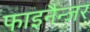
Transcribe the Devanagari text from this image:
फाइनैन्जर